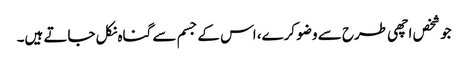
جو شخص اچھی طرح سے وضو کرے، اس کے جسم سے گناہ نکل جاتے ہیں۔